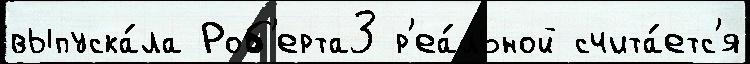
выпуска́ла Роб'ерта3 р'еа́льной счита́етс'я